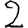
Digit: 2